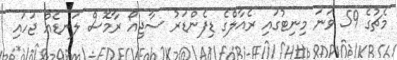
މެޗުގެ 59 ވަނަ މިނިޓުގައި ރެއާލްގެ ޑިފެންޑަރު ސާޖިއޯ ރާމޮސް ލަނޑެއް ޖަހައި